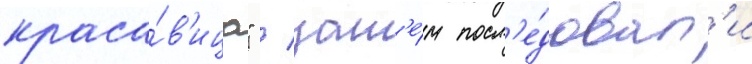
краса́в'ица" / зат'е́м посл'е́довал'и